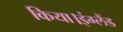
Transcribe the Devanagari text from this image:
किया।इंग्लैंड